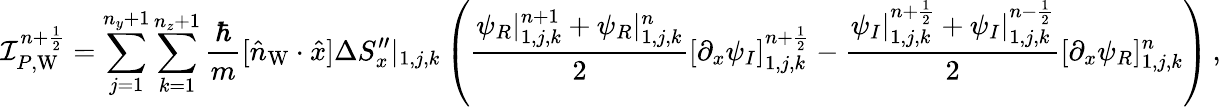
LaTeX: \mathcal I_{P,\mathrm{W}}^{n+\frac 12}=\sum_{j=1}^{n_{y}+1}\sum_{k=1}^{n_{z}+1}\frac{\hbar}{m}[\hat{n}_{\mathrm{W}}\cdot\hat{x}]\Delta S_{x}^{\prime\prime}|_{1,j,k}\left(\frac{\psi_{R}|_{1,j,k}^{n+1}+\psi_{R}|_{1,j,k}^{n}}{2}[\partial_{x}\psi_{I}]_{1,j,k}^{n+\frac 12}-\frac{\psi_{I}|_{1,j,k}^{n+\frac 12}+\psi_{I}|_{1,j,k}^{n-\frac 12}}{2}[\partial_{x}\psi_{R}]_{1,j,k}^{n}\right)\, ,